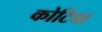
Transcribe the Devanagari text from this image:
कोटिवा